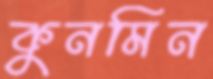
কুনমিন